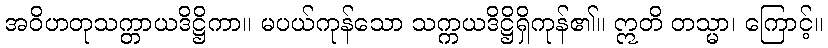
အဝိဟတုသက္တာယဒိဋ္ဌိကာ။ မပယ်ကုန်သော သက္ကယဒိဋ္ဌိရှိကုန်၏။ ဣတိ တသ္မာ၊ ကြောင့်။